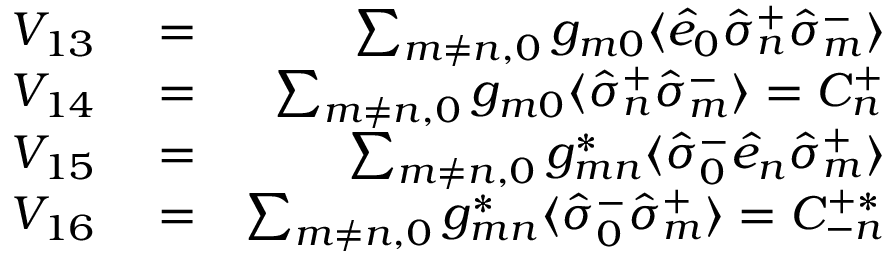
\begin{array} { r l r } { V _ { 1 3 } } & { { } = } & { \sum _ { m \neq n , 0 } g _ { m 0 } \langle \hat { e } _ { 0 } \hat { \sigma } _ { n } ^ { + } \hat { \sigma } _ { m } ^ { - } \rangle } \\ { V _ { 1 4 } } & { { } = } & { \sum _ { m \neq n , 0 } g _ { m 0 } \langle \hat { \sigma } _ { n } ^ { + } \hat { \sigma } _ { m } ^ { - } \rangle = { \cal C } _ { n } ^ { + } } \\ { V _ { 1 5 } } & { { } = } & { \sum _ { m \neq n , 0 } g _ { m n } ^ { * } \langle \hat { \sigma } _ { 0 } ^ { - } \hat { e } _ { n } \hat { \sigma } _ { m } ^ { + } \rangle } \\ { V _ { 1 6 } } & { { } = } & { \sum _ { m \neq n , 0 } g _ { m n } ^ { * } \langle \hat { \sigma } _ { 0 } ^ { - } \hat { \sigma } _ { m } ^ { + } \rangle = { \cal C } _ { - n } ^ { + * } } \end{array}